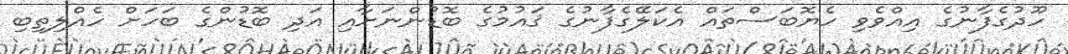
ހޫދުގެފާނުގެ އިއްވެވި ހެޔޮބަސްތައް އެކަލޭގެފާނުގެ ޤައުމުގެ ބޮޑުންނަށާއި އަދި ބޮޑުންގެ ބަހަށް ހެއްލިތިބި